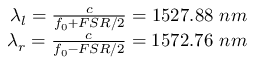
\begin{array} { r } { \lambda _ { l } = \frac { c } { f _ { 0 } + F S R / 2 } = 1 5 2 7 . 8 8 \ n m } \\ { \lambda _ { r } = \frac { c } { f _ { 0 } - F S R / 2 } = 1 5 7 2 . 7 6 \ n m } \end{array}